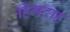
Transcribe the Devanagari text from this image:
हिमदाह